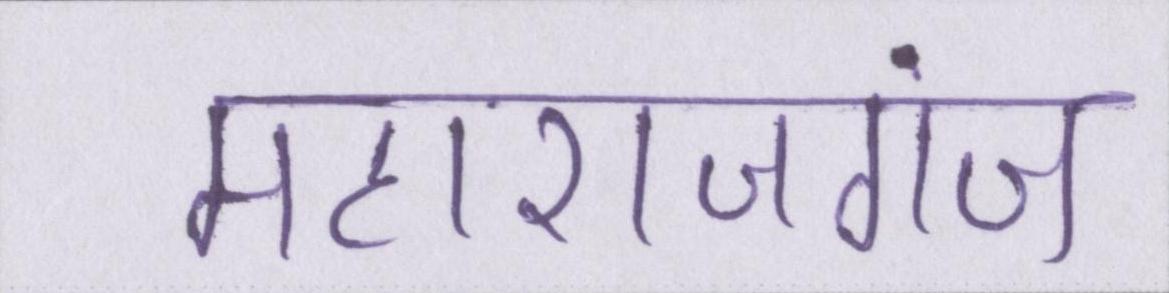
महाराजगंज